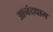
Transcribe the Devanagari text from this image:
आनंदधाम